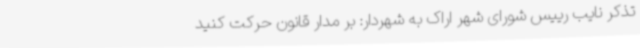
تذکر نایب رییس شورای شهر اراک به شهردار: بر مدار قانون حرکت کنید